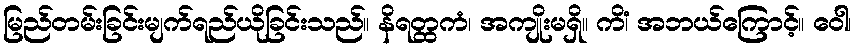
မြည်တမ်းခြင်းမျက်ရည်ယိုခြင်းသည်။ နိရတ္ထကံ၊ အကျိုးမရှိ။ ကိံ၊ အဘယ်ကြောင့်။ ဝေါ၊